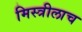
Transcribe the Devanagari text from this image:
मिस्त्रीलाच